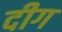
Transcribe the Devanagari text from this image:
दीग